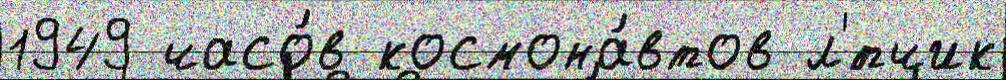
1949 часо́в космона́втов л'́тчик